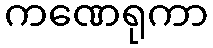
ကဏေရုကာ